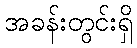
အခန်းတွင်းရှိ